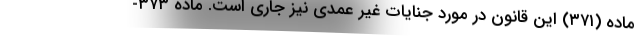
ماده (۳۷۱) این قانون در مورد جنایات غیر عمدی نیز جاری است. ماده ۳۷۳-